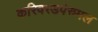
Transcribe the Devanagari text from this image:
करिवरडपेरुमल